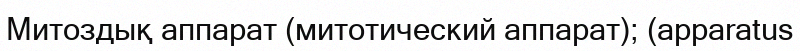
Митоздық аппарат (митотический аппарат); (apparatus